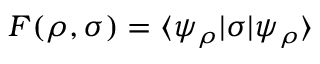
F ( \rho , \sigma ) = \langle \psi _ { \rho } | \sigma | \psi _ { \rho } \rangle